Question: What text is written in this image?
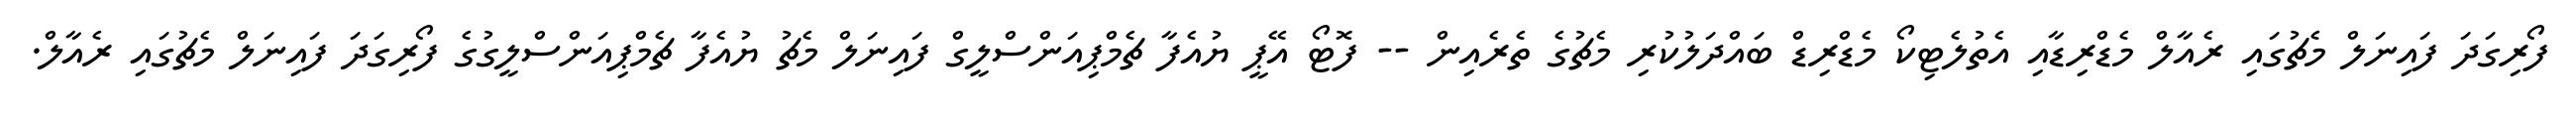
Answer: ފޯރިގަދަ ފައިނަލް މެޗުގައި ރެއާލް މެޑްރިޑާއި އެތުލެޓިކޯ މެޑްރިޑް ބައްދަލުކުރި މެޗުގެ ތެރެއިން -- ފޮޓޯ އޭޕީ ޔުއެފާ ޗެމްޕިއަންސްލީގް ފައިނަލް މެޗު ޔުއެފާ ޗެމްޕިއަންސްލީގުގެ ފޯރިގަދަ ފައިނަލް މެޗުގައި ރެއާލް.